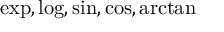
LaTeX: \exp , \log , \sin , \cos , \arctan